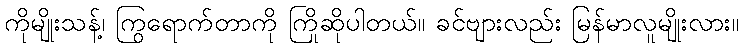
ကိုမျိုးသန့်၊ ကြွရောက်တာကို ကြိုဆိုပါတယ်။ ခင်ဗျားလည်း မြန်မာလူမျိုးလား။